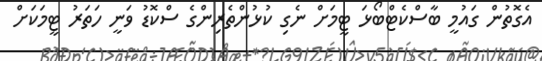
އެގޮތުން ގައުމީ ބާސްކެޓްބޯޅަ ޓީމަށް ނެގި ކުޅުންތެރިންގެ ސްކޮޑު ވަނީ ހަތަރު ޓީމަކަށް